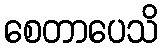
စေတာပေသိ